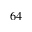
6 4